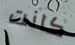
كانت